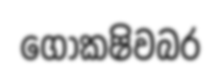
ගොකෂිවබර